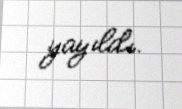
yayıldı.